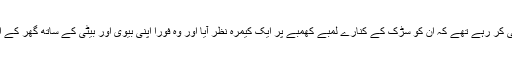
ابھی ہم بات ہی کر رہے تھے کہ اُن کو سڑک کے کنارے لمبے کھمبے پر ایک کیمرہ نظر آیا اور وہ فوراََ اپنی بیوی اور بیٹی کے ساتھ گھر کے اندر گھس کیا۔